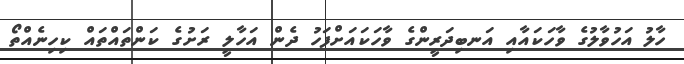
ހާލު އަހުވާލުގެ ވާހަކައާއި އަނބިދަރީންގެ ވާހަކައަށްފަހު ދެން އަހާލީ ރަށުގެ ކަންތައްތައް ކިހިނެއްތޯ